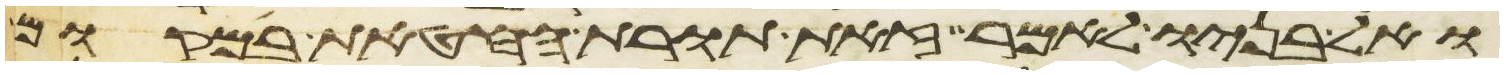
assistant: ואל בניו לאמר זאת תורת החטאת במקום